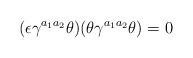
LaTeX: \begin{align*}(\epsilon \gamma^{a_1 a_2} \theta ) ( \theta \gamma^{a_1 a_2} \theta ) = 0\end{align*}